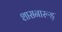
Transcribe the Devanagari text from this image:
शासनारूड़